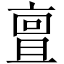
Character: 亶